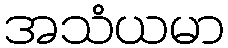
အသံယမာ